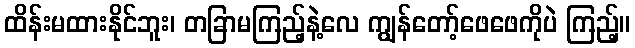
ထိန်းမထားနိုင်ဘူး၊ တခြာမကြည့်နဲ့လေ ကျွန်တော့်ဖေဖေကိုပဲ ကြည့်။